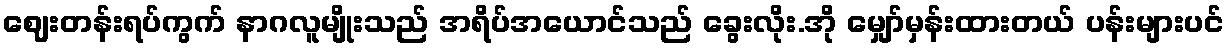
ဈေးတန်းရပ်ကွက် နာဂလူမျိုးသည် အရိပ်အယောင်သည် ခွေးလိုး.အို မျှော်မှန်းထားတယ် ပန်းများပင်